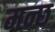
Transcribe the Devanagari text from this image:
मन्छ